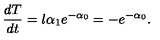
\frac { d T } { d t } = l \alpha _ { 1 } e ^ { - \alpha _ { 0 } } = - e ^ { - \alpha _ { 0 } } .